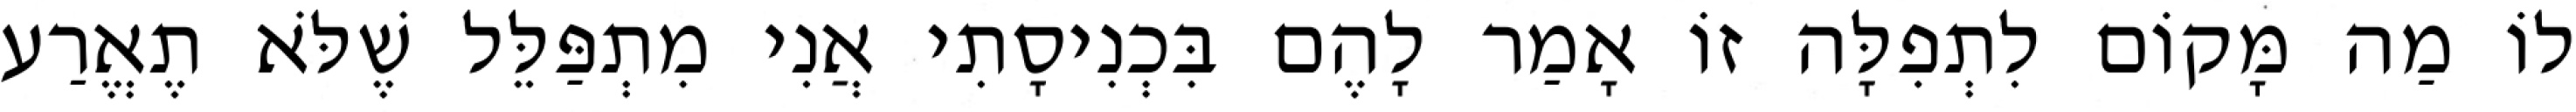
לוֹ מַה מָּקוֹם לִתְפִלָּה זוֹ אָמַר לָהֶם בִּכְנִיסָתִי אֲנִי מִתְפַּלֵּל שֶׁלֹּא תֶאֱרַע